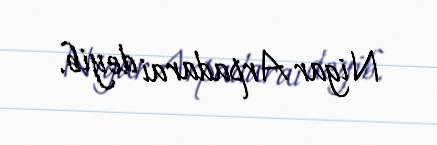
Nigar Arpadarai deyib.